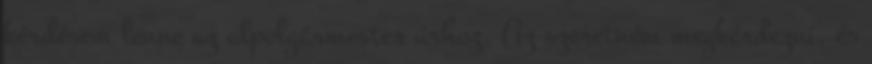
kérdésem lenne az alpolgármester úrhoz. Az szeretném megkérdezni, és